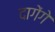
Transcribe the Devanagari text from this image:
दागेंगे